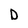
Character: D